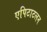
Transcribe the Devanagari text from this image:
एपिटाटलन